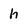
Character: h